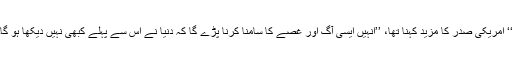
‘‘ امریکی صدر کا مزید کہنا تھا، ’’انہیں ایسی آگ اور غصے کا سامنا کرنا پڑے گا کہ دنیا نے اس سے پہلے کبھی نہیں دیکھا ہو گا۔